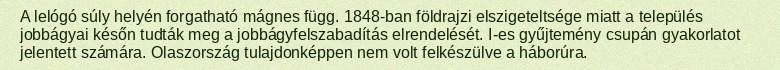
A lelógó súly helyén forgatható mágnes függ. 1848-ban földrajzi elszigeteltsége miatt a település jobbágyai későn tudták meg a jobbágyfelszabadítás elrendelését. I-es gyűjtemény csupán gyakorlatot jelentett számára. Olaszország tulajdonképpen nem volt felkészülve a háborúra.